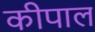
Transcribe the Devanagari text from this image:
कीपाल